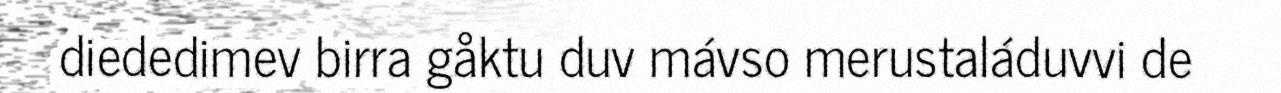
diededimev birra gåktu duv mávso merustaláduvvi de